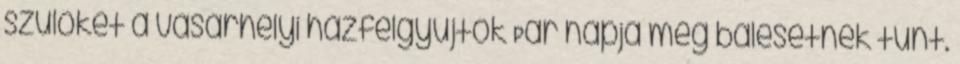
szülőket a vásárhelyi házfelgyújtók Pár napja még balesetnek tűnt.